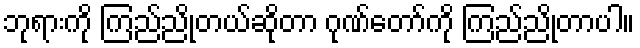
ဘုရားကို ကြည်ညိုတယ်ဆိုတာ ဂုဏ်တော်ကို ကြည်ညိုတာပါ။